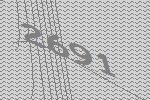
2691